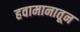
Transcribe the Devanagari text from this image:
हवामानातून